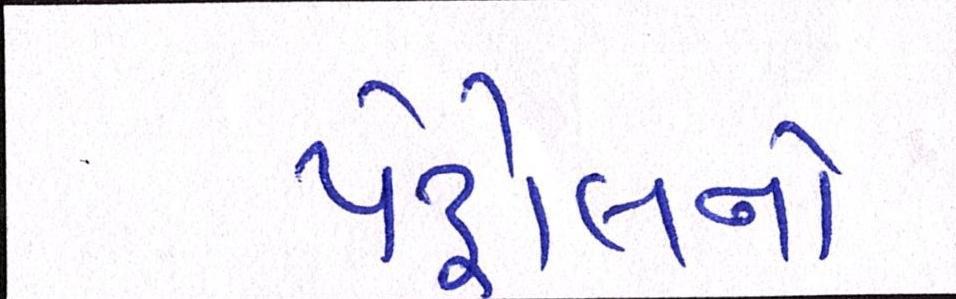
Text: પેટ્રોલનો